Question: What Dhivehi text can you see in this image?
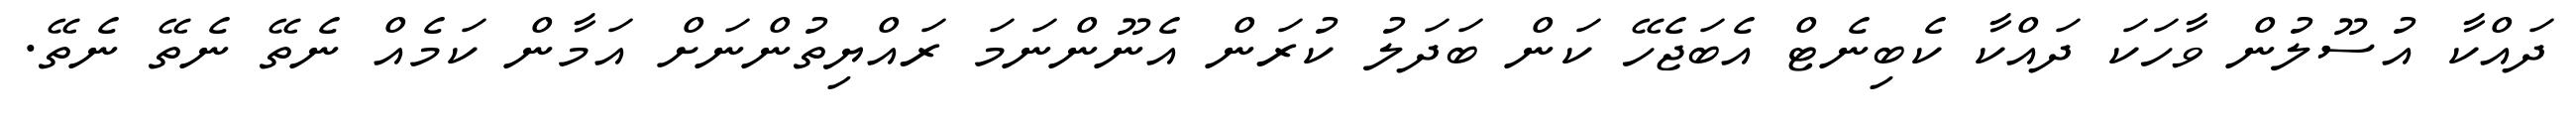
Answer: ދައްކާ އުސޫލުން ވާހަކަ ދައްކާ ކެބިނެޓް އެބަޖެހޭ ކަން ބަދަލު ކުރަން އެނޫންނަމަ ރައްޔިތުންނަށް އަމާން ކަމެއް ނެތޭ ނެތޭ ނެތޭ.